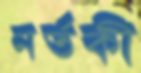
নর্তকী